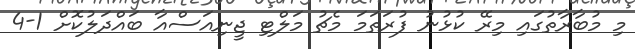
މި މުބާރާތުގައި މިރޭ ކުޅުނު ފުރަތަމަ މެޗު މަލްޓި ޖީނިއަސްއާ ބައްދަލުކޮށް 1-4